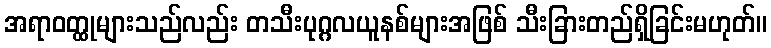
အရာဝတ္ထုများသည်လည်း တသီးပုဂ္ဂလယူနစ်များအဖြစ် သီးခြားတည်ရှိခြင်းမဟုတ်။